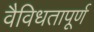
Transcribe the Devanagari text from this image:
वैविधतापूर्ण